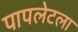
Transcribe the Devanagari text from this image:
पापलेटला